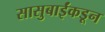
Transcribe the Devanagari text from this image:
सासुबाईंकडून